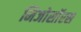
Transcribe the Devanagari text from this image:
मिजोसॉरस